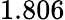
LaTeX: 1.806